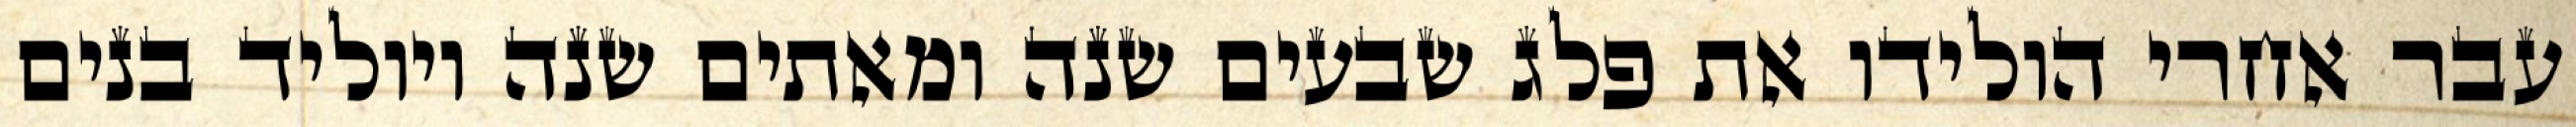
עבר אחרי הולידו את פלג שבעים שנה ומאתים שנה ויוליד בנים